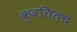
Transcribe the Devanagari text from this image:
क्वचितचं